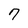
Character: 7